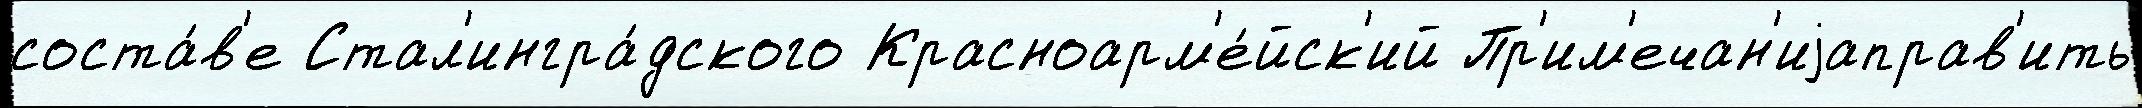
соста́в'е Стал'ингра́дского Красноарм'е́йск'ий Пр'им'ечан'иjаправ'ить